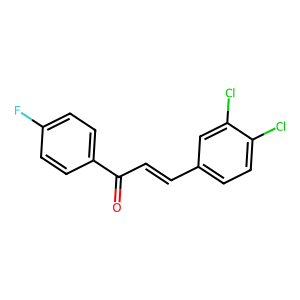
SMILES: O=C(C=Cc1ccc(Cl)c(Cl)c1)c1ccc(F)cc1
Inhibits HIV replication: No